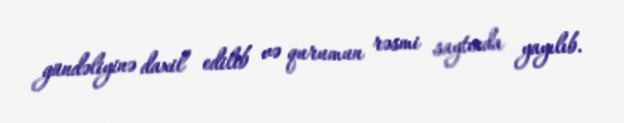
gündəliyinə daxil edilib və qurumun rəsmi saytında yayılıb.